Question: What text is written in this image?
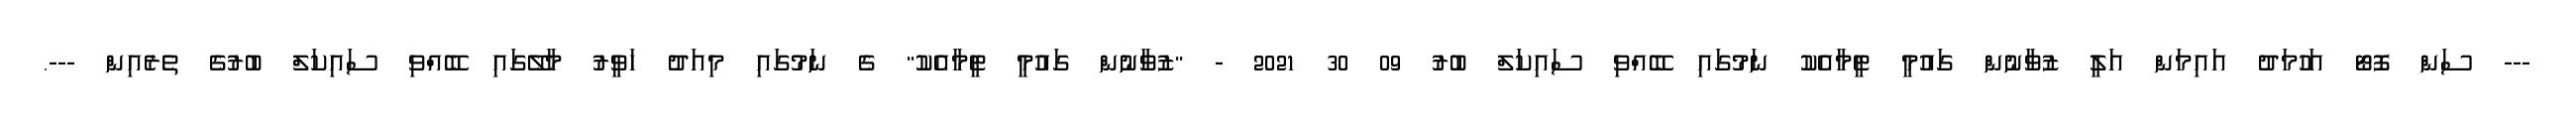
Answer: --- ސަން ފޮޓޯ އަހުމަދު އައިމަން އަލީ ޒުވާނުން ގައުމީ ޓީމާއެކު ނަމުގައި ބޭއްވި ސައިކަލް ބުރު 09 30 2021 - "ޒުވާނުން ގައުމީ ޓީމާއެކު" ގެ ނަމުގައި މިއަދު ހަވީރު މާލޭގައި ބޭއްވި ސައިކަލް ބުރުގެ ތެރެއިން ---.